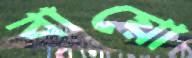
বায়ো